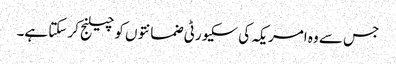
جس سے وہ امریکہ کی سکیورٹی ضمانتوں کو چیلنج کر سکتا ہے۔